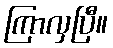
ကြာလှပြီ။